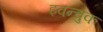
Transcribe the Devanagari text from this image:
इवन्चुक